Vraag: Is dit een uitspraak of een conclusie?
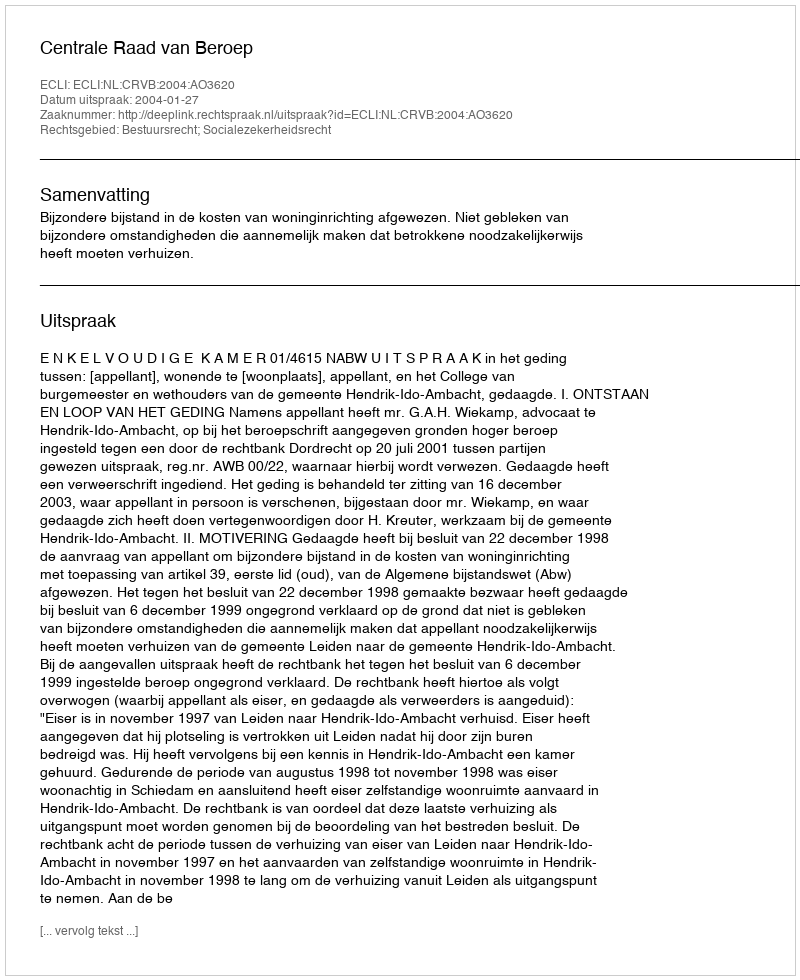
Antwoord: Uitspraak